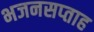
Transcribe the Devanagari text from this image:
भजनसप्‍ताह